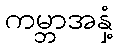
ကမ္ဘာအနှံ့